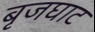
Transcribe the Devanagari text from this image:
बृजघाट